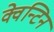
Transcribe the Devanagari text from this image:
क्वेन्टिन